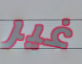
غير